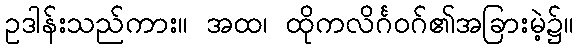
ဥဒါန်းသည်ကား။ အထ၊ ထိုကလိင်္ဂဝဂ်၏အခြားမဲ့၌။